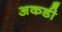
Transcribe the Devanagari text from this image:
अकडी